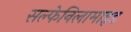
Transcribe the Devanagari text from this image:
सल्फेनिलामाइड